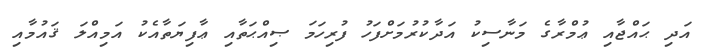
އަދި ޙައްޖާއި ޢުމްރާގެ މަނާސިކު އަދާކުރުމަށްފަހު ފުރިހަމަ ޞިއްޙަތާއި ޢާފިޔަތާއެކު އަމިއްލަ ޤައުމާއި